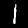
Digit: 1